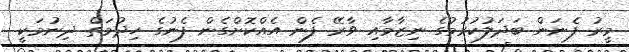
މީރު ފެނަން ބަދަލުކުރުމުގެ ނިޒާމާއި ވާރޭ ފެން އެއްކޮށްގެން ފެނުގެ ހިދުމަތް ދިނުމަކީ